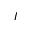
I